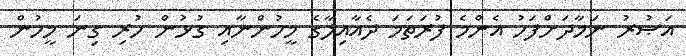
އަޞުރު ނަމާދަށްފަހު އެންމެ ފުރަތަމަ ދެއާއިލާގެ މީހުންނާއި ގުޅުން ހުރި ގިނަ މީހުން